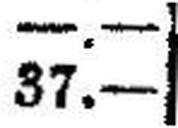
37.—